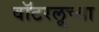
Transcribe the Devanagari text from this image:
वॉटरलूच्या